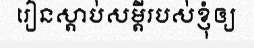
រៀនស្តាប់សម្តីរបស់ខ្ញុំឲ្យ